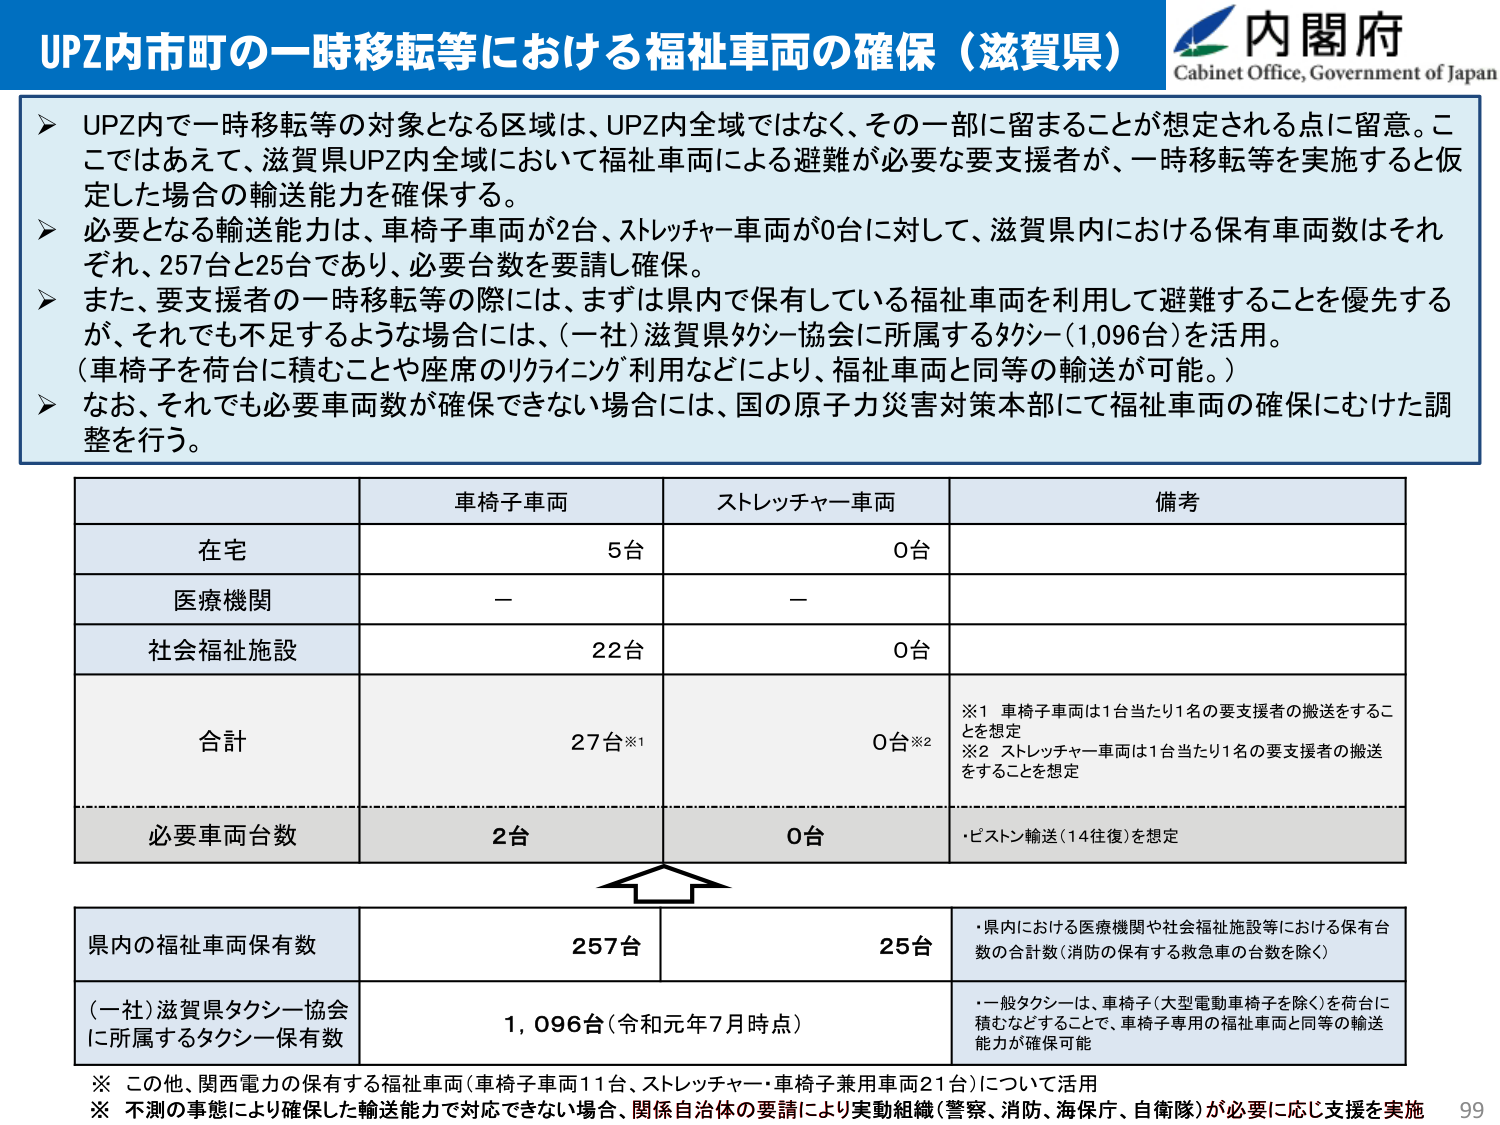
UPZ内市町の一時移転等における福祉車両の確保（滋賀県）

内閣府
Cabinet Office, Government of Japan

➤ UPZ内で一時移転等の対象となる区域は、UPZ内全域ではなく、その一部に留まることが想定される点に留意。ここではあえて、滋賀県UPZ内全域において福祉車両による避難が必要な要支援者が、一時移転等を実施すると仮定した場合の輸送能力を確保する。

➤ 必要となる輸送能力は、車椅子車両が2台、ストレッチャー車両が0台に対して、滋賀県内における保有車両数はそれぞれ、257台と25台であり、必要台数を要請し確保。

➤ また、要支援者の一時移転等の際には、まずは県内で保有している福祉車両を利用して避難することを優先するが、それでも不足するような場合には、（一社）滋賀県タクシー協会に所属するタクシー（1,096台）を活用。
（車椅子を荷台に積むことや座席のリクライニング利用などにより、福祉車両と同等の輸送が可能。）

➤ なお、それでも必要車両数が確保できない場合には、国の原子力災害対策本部にて福祉車両の確保にむけた調整を行う。

車椅子車両　　ストレッチャー車両　　備考
在宅　　　　　5台　　　　　　　　0台
医療機関　　　－　　　　　　　　　－
社会福祉施設　22台　　　　　　　　0台
合計　　　　　27台※1　　　　　　0台※2
　　　　　　　　　　　　　　　　※1 車椅子車両は1台当たり1名の要支援者の搬送をすることを想定
　　　　　　　　　　　　　　　　※2 ストレッチャー車両は1台当たり1名の要支援者の搬送をすることを想定
必要車両台数　2台　　　　　　　　0台　　　　　　・ピストン輸送（14往復）を想定

県内の福祉車両保有数　　　　　　257台　　　　　　25台　　　　　　・県内における医療機関や社会福祉施設等における保有台数の合計数（消防の保有する救急車の台数を除く）
（一社）滋賀県タクシー協会　　　1,096台（令和元年7月時点）　　　　　　・一般タクシーは、車椅子（大型電動車椅子を除く）を荷台に積むなどすることで、車椅子専用の福祉車両と同等の輸送能力が確保可能
に所属するタクシー保有数

※ この他、関西電力の保有する福祉車両（車椅子車両11台、ストレッチャー・車椅子兼用車両21台）について活用
※ 不測の事態により確保した輸送能力で対応できない場合、関係自治体の要請により実動組織（警察、消防、海保庁、自衛隊）が必要に応じ支援を実施

99